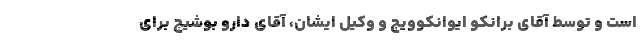
است و توسط آقای برانکو ایوانکوویچ و وکیل ایشان، آقای دارو بوشیچ برای